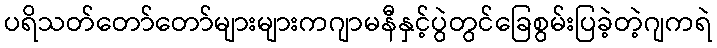
ပရိသတ်တော်တော်များများကဂျာမနီနှင့်ပွဲတွင်ခြေစွမ်းပြခဲ့တဲ့ဂျကရဲ